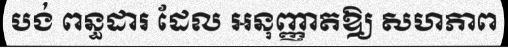
បង់ ពន្ធដារ ដែល អនុញ្ញាតឱ្យ សហភាព